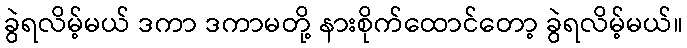
ခွဲရလိမ့်မယ် ဒကာ ဒကာမတို့ နားစိုက်ထောင်တော့ ခွဲရလိမ့်မယ်။